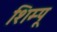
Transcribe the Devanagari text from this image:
शिम्पू